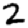
Digit: 2